Indian journal of veterinary science and animal husbandry - Volumes 24-25, 1954-1955
Year: 1954
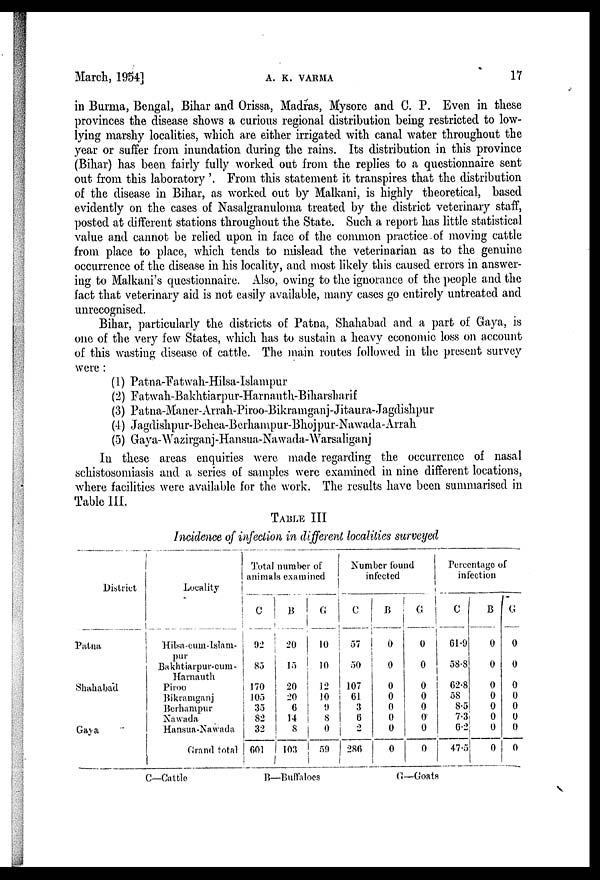
March, 1954]
A.
K.
VARMA
17
in Burma, Bengal, Bihar and Orissa, Madras, Mysore and C. P. Even in these
provinces the disease shows a curious regional distribution being restricted to low-
lying marshy localities, which are either irrigated with canal water throughout the
year or suffer from inundation during the rains. Its distribution in this province
(Bihar) has been fairly fully worked out from the replies to a questionnaire sent
out from this laboratory'. From this statement it transpires that the distribution
of the disease in Bihar, as worked out by Malkani, is highly theoretical, based
evidently on the cases of Nasalgranuloma treated by the district veterinary staff,
posted at different stations throughout the State. Such a report has little statistical
value and cannot be relied upon in face of the common practice of moving cattle
from place to place, which tends to mislead the veterinarian as to the genuine
occurrence of the disease in his locality, and most likely this caused errors in answer-
ing to Malkani's questionnaire. Also, owing to the ignorance of the people and the
fact that veterinary aid is not easily available, many cases go entirely untreated and
unrecognised.
Bihar, particularly the districts of Patna, Shahabad and a part of Gaya, is
one of the very few States, which has to sustain a heavy economic loss on account
of this wasting disease of cattle. The main routes followed in the present survey
were :
(1) Patna-Fatwah-Hilsa-Islampur
(2) Fatwah-Bakhtiarpur-Harnauth-Biharsharif
(3) Patna-Maner-Arrah-Piroo-Bikramganj-Jitaura-Jagdishpur
(4) Jagdishpur-Behea-Berhampur-Bhojpur-Nawada-Arrah
(5) Gaya-Wazirganj-Hansua-Nawada-Warsaliganj
In these areas enquiries were made regarding the occurrence of nasal
schistosomiasis and a series of samples were examined in nine different locations,
where facilities were available for the work. The results have been summarised in
Table III.
TABLE III
Incidence of infection in different localities surveyed
District
Patna
Shahabad
Gaya
Locality
Hilsa-cum-Islam-
pur
Bakhtiarpur-cum-
Harnauth
Piroo
Bikramganj
Berhampur
Nawada
Hansua-Nawada
Grand total
Total number of
animals examined
C
92
85
170
105
35
82
32
601
B
20
15
20
20
6
14
8
103
G
10
10
12
10
9
8
0
59
Number found
infected
C
57
50
107
61
3
6
2
286
B
0
0
0
0
0
0
0
0
C
0
0
0
0
0
0
0
0
Percentage of
infection
C
61.9
58.8
62.8
58
8.5
7.3
6.2
47.5
B
0
0
0
0
0
0
0
0
G
0
0
0
0
0
0
0
0
C—Cattle
B—Buffaloes
G—Goats